Document type: Emphyteutic lease
Year: 1283
Scribe: Pere Marquès
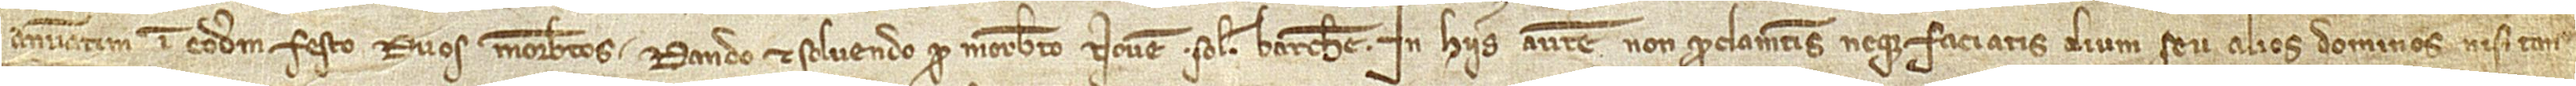
annuatim in eodem festo, duos morabatinos, dando et solvendo pro morabatino novem solidos Barchinone.  In hiis autem non proclametis neque faciatis alium seu alios dominos nisi tan-